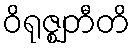
ဝိရုဇ္ဈတီတိ